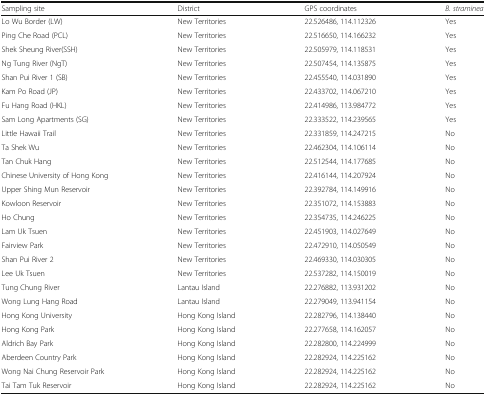
<table><thead><tr><td><b>Sampling site</b></td><td><b>District</b></td><td><b>GPS coordinates</b></td><td><b><i>B. straminea</i></b></td></tr></thead><tbody><tr><td>Lo Wu Border (LW)</td><td>New Territories</td><td>22.526486, 114.112326</td><td>Yes</td></tr><tr><td>Ping Che Road (PCL)</td><td>New Territories</td><td>22.516650, 114.166232</td><td>Yes</td></tr><tr><td>Shek Sheung River(SSH)</td><td>New Territories</td><td>22.505979, 114.118531</td><td>Yes</td></tr><tr><td>Ng Tung River (NgT)</td><td>New Territories</td><td>22.507454, 114.135875</td><td>Yes</td></tr><tr><td>Shan Pui River 1 (SB)</td><td>New Territories</td><td>22.455540, 114.031890</td><td>Yes</td></tr><tr><td>Kam Po Road (JP)</td><td>New Territories</td><td>22.433702, 114.067210</td><td>Yes</td></tr><tr><td>Fu Hang Road (HKL)</td><td>New Territories</td><td>22.414986, 113.984772</td><td>Yes</td></tr><tr><td>Sam Long Apartments (SG)</td><td>New Territories</td><td>22.333522, 114.239565</td><td>Yes</td></tr><tr><td>Little Hawaii Trail</td><td>New Territories</td><td>22.331859, 114.247215</td><td>No</td></tr><tr><td>Ta Shek Wu</td><td>New Territories</td><td>22.462304, 114.106114</td><td>No</td></tr><tr><td>Tan Chuk Hang</td><td>New Territories</td><td>22.512544, 114.177685</td><td>No</td></tr><tr><td>Chinese University of Hong Kong</td><td>New Territories</td><td>22.416144, 114.207924</td><td>No</td></tr><tr><td>Upper Shing Mun Reservoir</td><td>New Territories</td><td>22.392784, 114.149916</td><td>No</td></tr><tr><td>Kowloon Reservoir</td><td>New Territories</td><td>22.351072, 114.153883</td><td>No</td></tr><tr><td>Ho Chung</td><td>New Territories</td><td>22.354735, 114.246225</td><td>No</td></tr><tr><td>Lam Uk Tsuen</td><td>New Territories</td><td>22.451903, 114.027649</td><td>No</td></tr><tr><td>Fairview Park</td><td>New Territories</td><td>22.472910, 114.050549</td><td>No</td></tr><tr><td>Shan Pui River 2</td><td>New Territories</td><td>22.469330, 114.030305</td><td>No</td></tr><tr><td>Lee Uk Tsuen</td><td>New Territories</td><td>22.537282, 114.150019</td><td>No</td></tr><tr><td>Tung Chung River</td><td>Lantau Island</td><td>22.276882, 113.931202</td><td>No</td></tr><tr><td>Wong Lung Hang Road</td><td>Lantau Island</td><td>22.279049, 113.941154</td><td>No</td></tr><tr><td>Hong Kong University</td><td>Hong Kong Island</td><td>22.282796, 114.138440</td><td>No</td></tr><tr><td>Hong Kong Park</td><td>Hong Kong Island</td><td>22.277658, 114.162057</td><td>No</td></tr><tr><td>Aldrich Bay Park</td><td>Hong Kong Island</td><td>22.282800, 114.224999</td><td>No</td></tr><tr><td>Aberdeen Country Park</td><td>Hong Kong Island</td><td>22.282924, 114.225162</td><td>No</td></tr><tr><td>Wong Nai Chung Reservoir Park</td><td>Hong Kong Island</td><td>22.282924, 114.225162</td><td>No</td></tr><tr><td>Tai Tam Tuk Reservoir</td><td>Hong Kong Island</td><td>22.282924, 114.225162</td><td>No</td></tr></tbody></table>